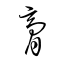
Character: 膏